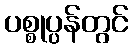
ပစ္စုပ္ပန်တွင်